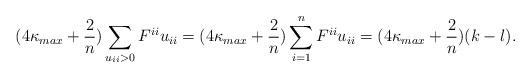
LaTeX: \begin{align*}(4\kappa_{max}+ \frac{2}{n}) \sum\limits_{u_{ii} > 0} {F^{ii} u_{ii} } = (4\kappa_{max}+ \frac{2}{n}) \sum\limits_{i =1}^n {F^{ii} u_{ii} }= (4\kappa_{max}+ \frac{2}{n})(k-l).\end{align*}